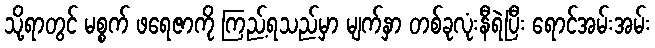
သို့ရာတွင် မစ္စက် ဖရေဇာကို ကြည့်ရသည်မှာ မျက်နှာ တစ်ခုလုံးနီရဲပြီး ရောင်အမ်းအမ်း